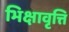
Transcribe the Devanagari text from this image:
भिक्षावृत्ति